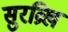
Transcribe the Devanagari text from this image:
सुरव्रिख